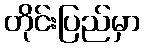
တိုင်းပြည်မှာ